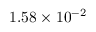
1 . 5 8 \times 1 0 ^ { - 2 }